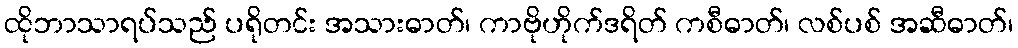
ထိုဘာသာရပ်သည် ပရိုတင်း အသားဓာတ်၊ ကာဗိုဟိုက်ဒရိတ် ကစီဓာတ်၊ လစ်ပစ် အဆီဓာတ်၊